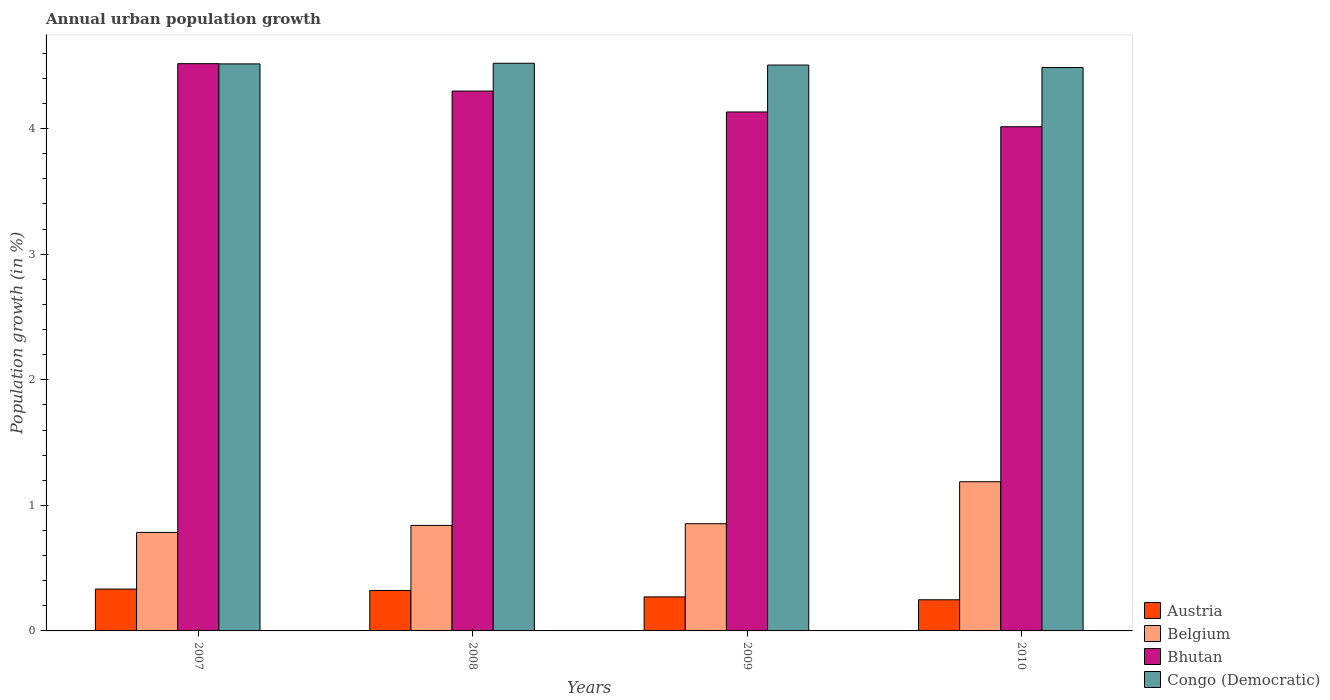
| Years | Austria | Belgium | Bhutan | Congo (Democratic) |
 | --- | --- | --- | --- | --- |
 | 2007 | 0.333 | 0.785 | 4.52 | 4.52 |
 | 2008 | 0.322 | 0.84 | 4.3 | 4.52 |
 | 2009 | 0.271 | 0.854 | 4.13 | 4.51 |
 | 2010 | 0.248 | 1.19 | 4.01 | 4.49 |